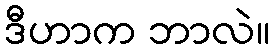
ဒီဟာက ဘာလဲ။